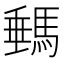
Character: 𩣷